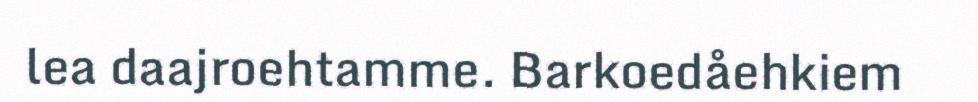
lea daajroehtamme. Barkoedåehkiem